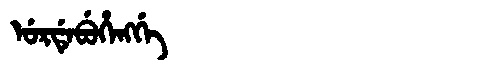
Manchu: ᡠᡵᡩᡝᠪᡠᡥᡝᠩᡤᡝ
Romanization: URDEBUHENGGE